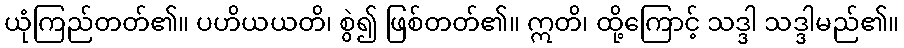
ယုံကြည်တတ်၏။ ပဟိယယတိ၊ စွဲ၍ ဖြစ်တတ်၏။ ဣတိ၊ ထို့ကြောင့် သဒ္ဒါ သဒ္ဒါမည်၏။